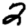
Digit: 2